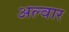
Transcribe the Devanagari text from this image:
अल्‍वार